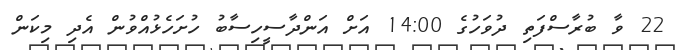
22 ވާ ބުރާސްފަތި ދުވަހުގެ 14:00 އަށް އަންދާސީހިސާބު ހުށަހެޅުއްވުން އެދި މިކަން